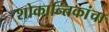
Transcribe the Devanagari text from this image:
शोकान्तिकांचा